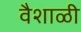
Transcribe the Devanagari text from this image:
वैशाळी